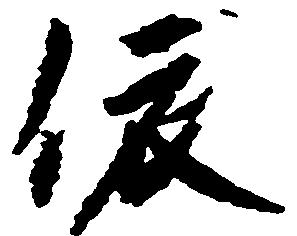
依